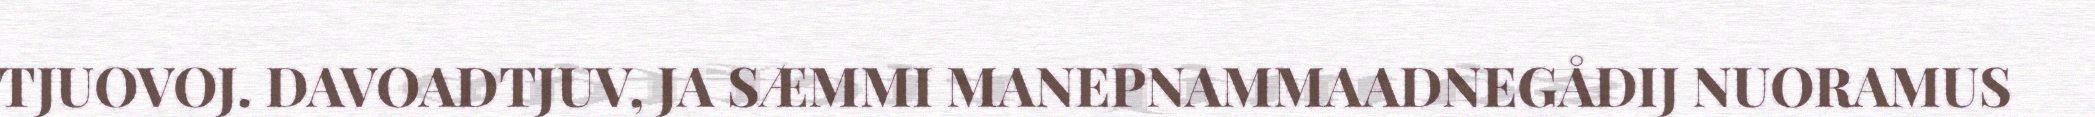
TJUOVOJ. DAVOADTJUV, JA SÆMMI MANEPNAMMAADNEGÅDIJ NUORAMUS